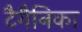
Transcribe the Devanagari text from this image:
टैगैनिका